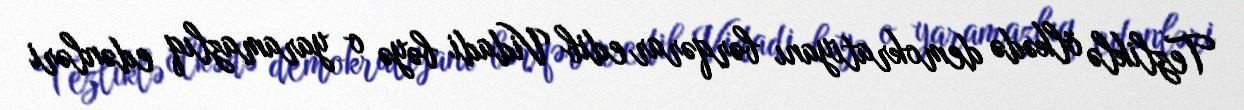
Tezliklə ölkədə demokratiyanı bərqərar edib Vidadi bəyə o yaramazlıq edənləri